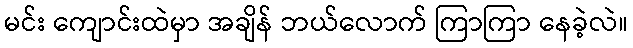
မင်း ကျောင်းထဲမှာ အချိန် ဘယ်လောက် ကြာကြာ နေခဲ့လဲ။